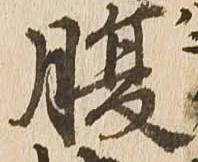
腹